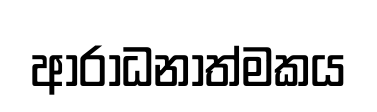
ආරාධනාත්මකය